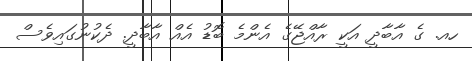
ހއ. ގެ އާބާދީ އަކީ ރާއްޖޭގެ އެންމެ ބޮޑު އެއް އާބާދީ. ދެކުނުގައިވެސް